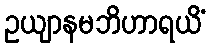
ဥယျာနမဘိဟာရယိံ